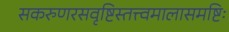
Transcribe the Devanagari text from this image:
सकरुणरसवृष्टिस्तत्त्वमालासमष्टिः